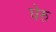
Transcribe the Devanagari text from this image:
घेरु